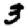
Digit: 3